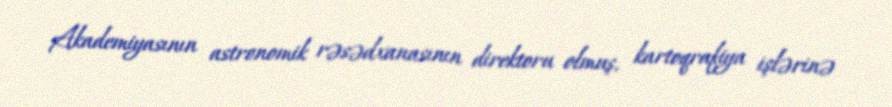
Akademiyasının astronomik rəsədxanasının direktoru olmuş, kartoqrafiya işlərinə